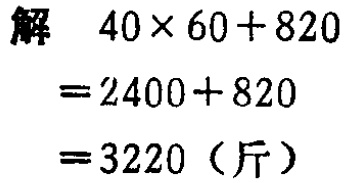
解

\[

\begin{align*}

&40\times60 + 820\\

=&2400 + 820\\

=&3220 (\text{斤})

\end{align*}

\]